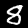
Digit: 8